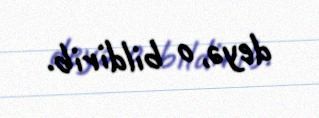
deyə, o bildirib.